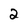
Character: 2